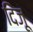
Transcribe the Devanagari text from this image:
दिजू